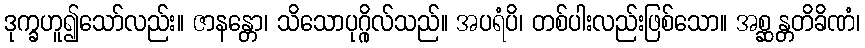
ဒုက္ခဟူ၍သော်လည်း။ ဇာနန္တော၊ သိသောပုဂ္ဂိုလ်သည်။ အပရံပိ၊ တစ်ပါးလည်းဖြစ်သော။ အစ္ဆန္တတိခိဏံ၊